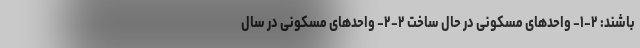
‌باشند: ۲-۱- واحدهای مسکونی در حال ساخت ۲-۲- واحدهای مسکونی در سال